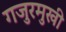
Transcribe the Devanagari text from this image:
गजुरमुखी